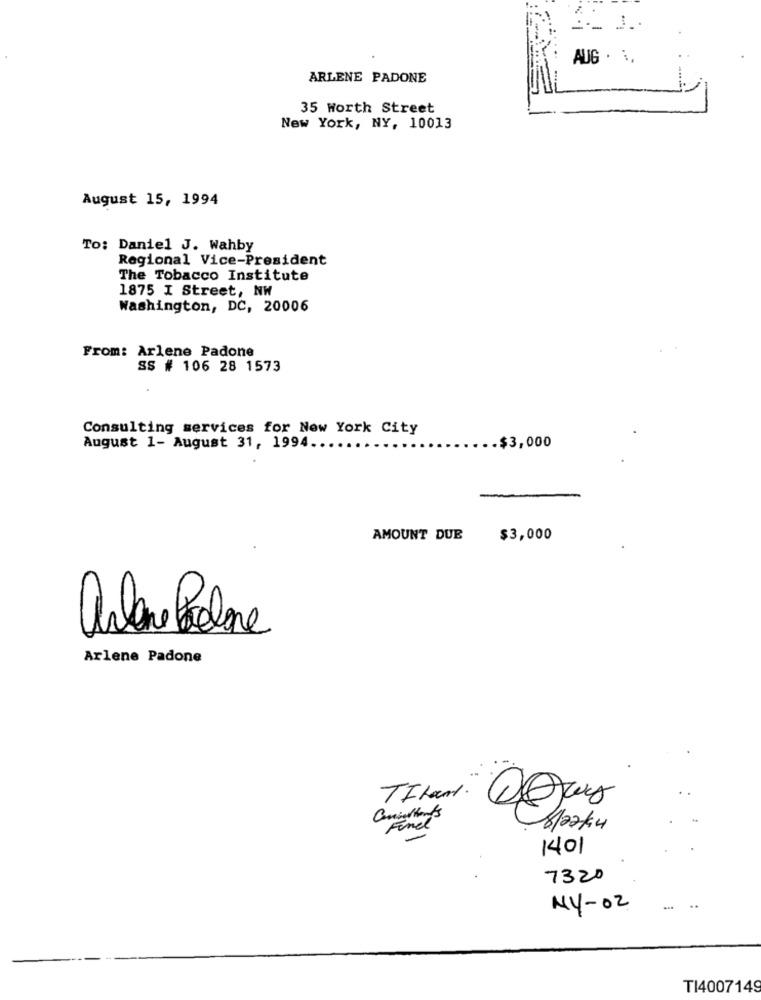
AUG . :,
ARLENE PADONE
35 Worth Street
New York, NY, 10013
August 15, 1994
To: Daniel J. Wahby
Regional Vice-President
The Tobacco Institute
1875 I Street, NW
Washington, DC, 20006
From: Arlene Padone
SS # 106 28 1573
Consulting services for New York City
August 1- August 31, 1994.
.$3,000
AMOUNT DUE
$3,000
arlene Pobre
Arlene Padone
TILand.
Consultants
Fine
1401
7320
NY-02
..
TI4007149